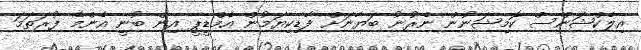
އިލެކްޝަންސް ކޮމިޝަނުން ނެރުނު ބަޔާނަށް ފާޑިކިޔަމުން އެމްޑީޕީ އިން ބުނީ އެންމެ ފުރަތަމަ